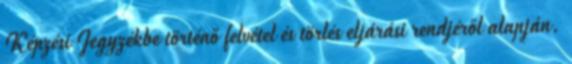
Képzési Jegyzékbe történő felvétel és törlés eljárási rendjéről alapján.